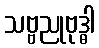
သဗ္ဗညုဗုဒ္ဓါ